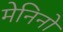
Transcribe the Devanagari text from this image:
मेनिनो